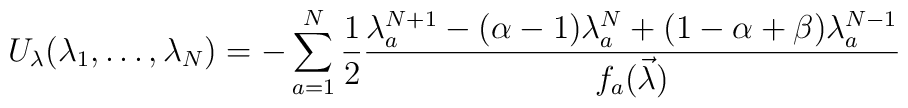
U_{\lambda}(\lambda_1,\dots,\lambda_N)=-\sum_{a=1}^N \frac{1}{2}\frac{\lambda_a^{N+1}-(\alpha-1)\lambda_a^N+(1-\alpha+\beta)\lambda_a^{N-1}}{f_a(\vec{\lambda})}